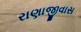
રાણાજીવાસ